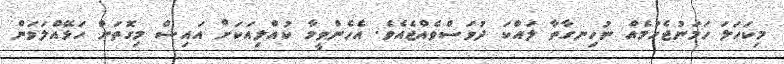
މިކަހަލަ ހަމަނުޖެހުމެއް ނުހިނގާތާ ލައްކަ ދުވަސްވެއްޖެއެވެ. އެހެންވީމާ ކުއްލިއަކަށް އައިސް މިގޮތަށް ހަޅޭއްލަވަން